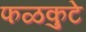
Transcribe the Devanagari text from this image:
फळकुटे